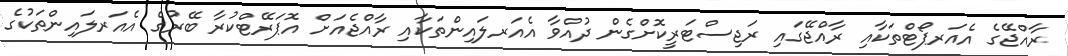
ރާއްޖޭގެ އެއަރޕޯޓްތަކާއި ރާއްޖޭގައި ރަޖިސްޓަރީކޮށްގެން ދުއްވާ އެއަރލައިންތަކާއި ރާއްޖެއަށް އޮޕަރޭޓްކުރާ ބޭރުގެ އެއަރލައިންތަކުގެ